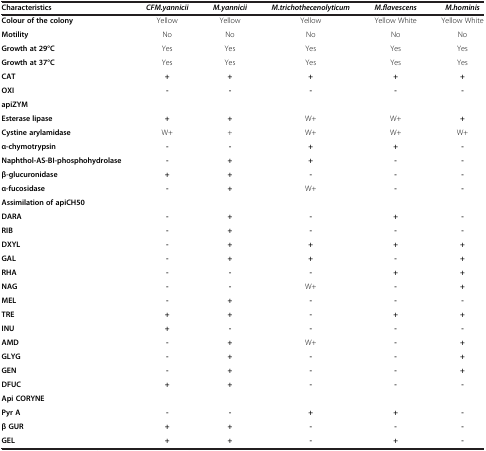
| Characteristics | CFM.yannicii | M.yannicii | M.trichothecenolyticum | M.flavescens | M.hominis |
 | --- | --- | --- | --- | --- | --- |
 | Colour of the colony | Yellow | Yellow | Yellow | Yellow White | Yellow White |
 | Motility | No | No | No | No | No |
 | Growth at 29°C | Yes | Yes | Yes | Yes | Yes |
 | Growth at 37°C | Yes | Yes | Yes | Yes | Yes |
 | CAT | + | + | + | + | + |
 | OXI | - | - | - | - | - |
 | <COLSPAN=6> apiZYM |
 | Esterase lipase | + | + | W+ | W+ | + |
 | Cystine arylamidase | W+ | + | W+ | W+ | W+ |
 | α-chymotrypsin | - | - | + | + | - |
 | Naphthol-AS-BI-phosphohydrolase | - | + | + | - | - |
 | β-glucuronidase | + | + | - | - | - |
 | α-fucosidase | - | + | W+ | - | - |
 | <COLSPAN=6> Assimilation of apiCH50 |
 | DARA | - | + | - | + | - |
 | RIB | - | + | - | - | - |
 | DXYL | - | + | + | + | + |
 | GAL | - | + | + | - | + |
 | RHA | - | - | - | + | + |
 | NAG | - | - | W+ | - | + |
 | MEL | - | + | - | - | - |
 | TRE | + | + | - | + | + |
 | INU | + | - | - | - | - |
 | AMD | - | + | W+ | - | + |
 | GLYG | - | + | - | - | + |
 | GEN | - | + | - | - | + |
 | DFUC | + | + | - | - | - |
 | <COLSPAN=6> Api CORYNE |
 | Pyr A | - | - | + | + | - |
 | β GUR | + | + | - | - | - |
 | GEL | + | + | - | + | - |